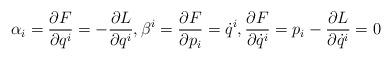
LaTeX: \begin{align*}\alpha_i=\frac{\partial F}{\partial q^i}=-\frac{\partial L}{\partial q^i},\beta^i= \frac{\partial F}{\partial p_i}=\dot{q}^i,\frac{\partial F}{\partial \dot{q}^i}=p_i-\frac{\partial L}{\partial \dot{q}^i}=0\end{align*}